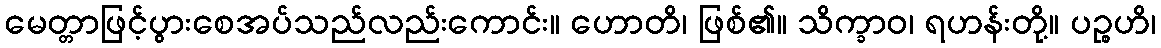
မေတ္တာဖြင့်ပွားစေအပ်သည်လည်းကောင်း။ ဟောတိ၊ ဖြစ်၏။ သိက္ခာဝ၊ ရဟန်းတို့။ ပဉ္စဟိ၊